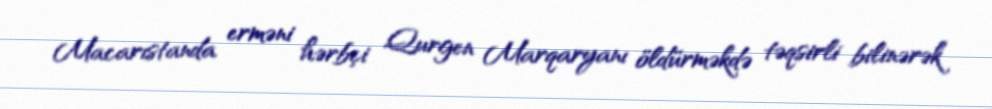
Macarıstanda erməni hərbçi Qurgen Marqaryanı öldürməkdə təqsirli bilinərək